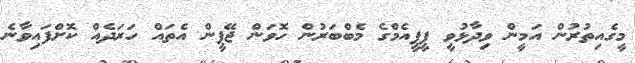
މީގެއިތުރުން އަމީން ވިދާޅުވީ ޕީޕީއެމްގެ މެބްބަރުން ހޮވަން ޖޭޕީން އެތައް ހަރަދެއް ކޮށްފައިވާނެ